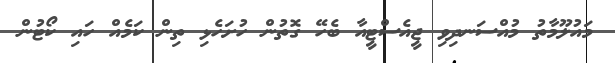
މައުލޫމާތު މުއްސަނދިވި ޖީއެސްޓީއާ ބެހޭ ގޮތުން ހުށަހެޅި ތިން ކަމެއް ހައި ކޯޓުން